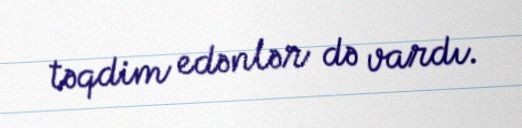
təqdim edənlər də vardı.